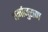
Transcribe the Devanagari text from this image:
धर्मानुराण